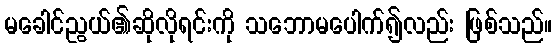
မခေါင်ညွယ်၏ဆိုလိုရင်းကို သဘောမပေါက်၍လည်း ဖြစ်သည်။